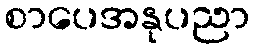
စာပေအနုပညာ